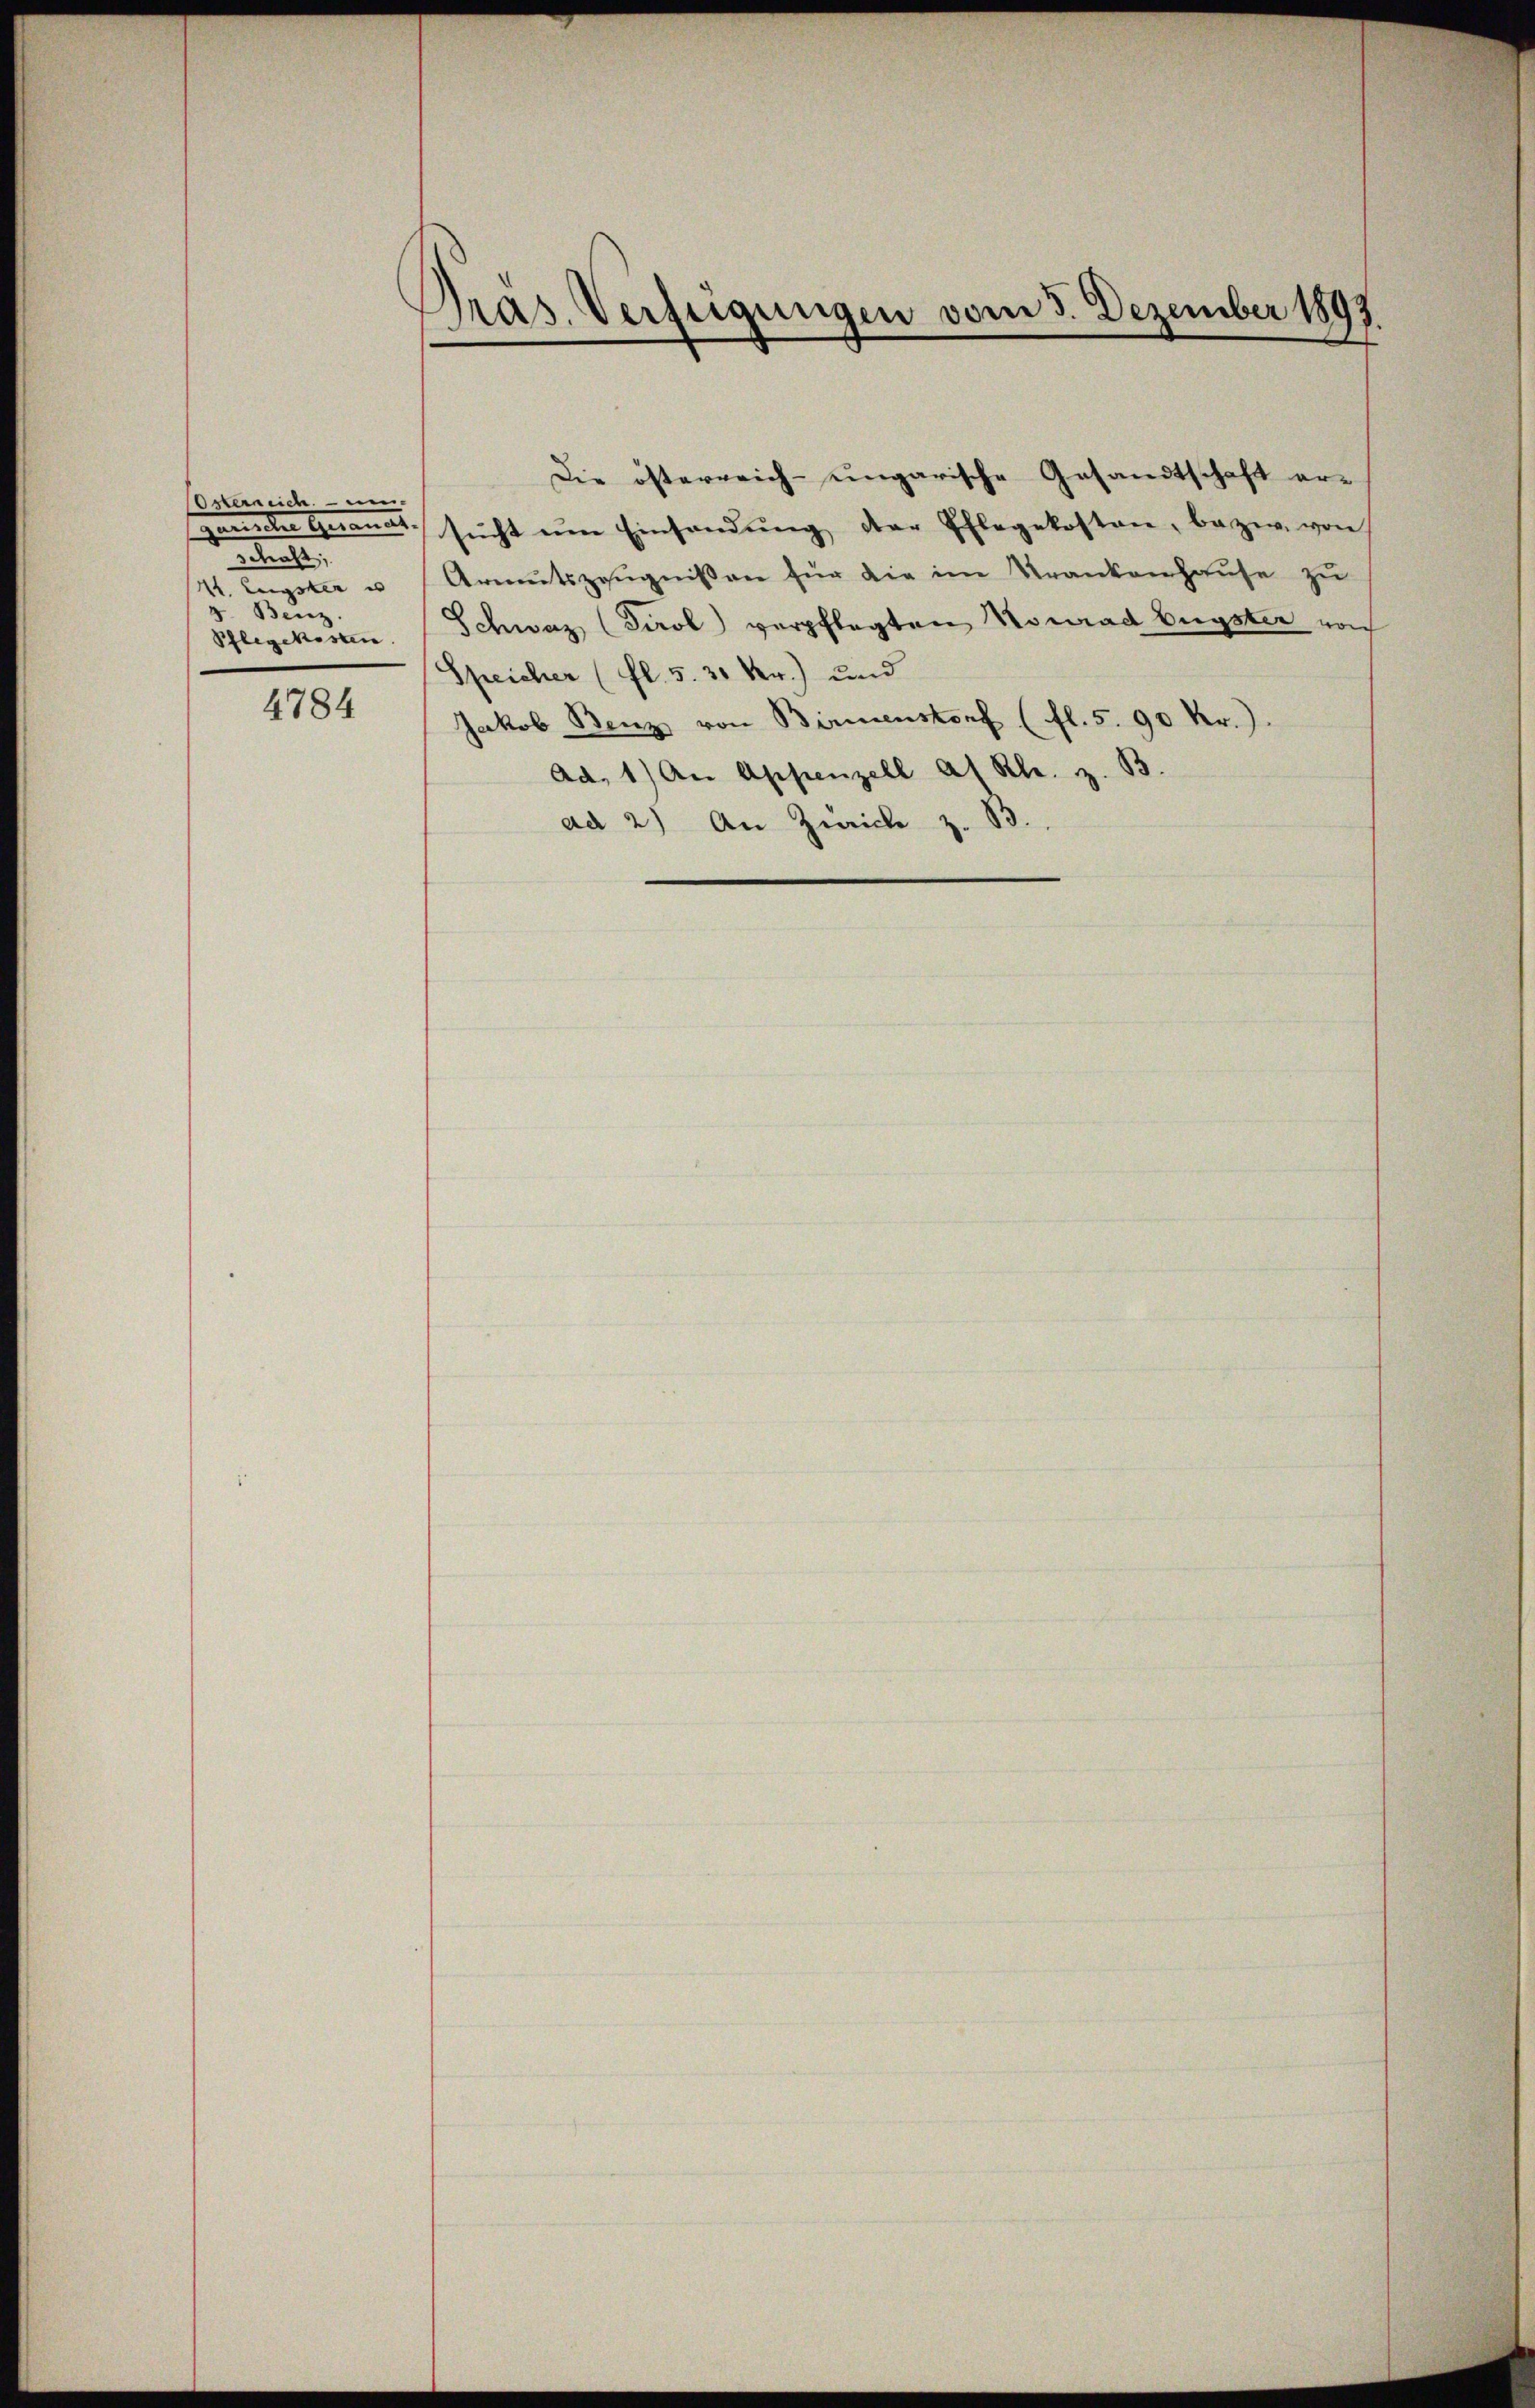
OOsterreich un
geneiden Genannt.
Schaft;
M. Eugster u
4 Benz.
Pflegekosten.

4784

Pras. Verfügungen vom 3. Dezember 1893
f

Die österreich-ungarische Gesandtschaft er-
sucht um Einsandung der Pflegekosten, bezw. von
Armutszeugnissen für die im Krankenhause zu
Schweiz (Tirol verpflegten Konrad Eugster von
Speicher (fl. 5. 31 Nr.) und
Jakob Benz von Birmenstorf (fl. 5. 90 Kr.).
ad, 1) An Appenzell a/ Kl. z. B.
ad 2.) An Zwicke z. B.